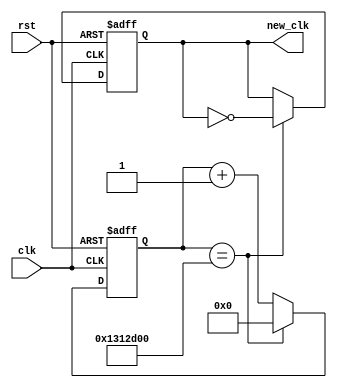
`timescale 1ns / 1ps
//////////////////////////////////////////////////////////////////////////////////
// Company: Digilent    
// 
// Design Name: Claw
// Module Name: clock_div
// Project Name: Claw_game
// Target Devices: Basys3
// Tool Versions: 2015.4
// Description: This is a clock divider. It takes the system clock 
// and divides that down to a slower clock. It counts at the rate of the 
// system clock to define_speed and toggles the output clock signal. 
// 
// Dependencies: 
// 
// Revision: 1
// Revision 0.01 - File Created
// Additional Comments: 
// 
//////////////////////////////////////////////////////////////////////////////////


module clock_div(
    input clk,
    input rst,
    output reg new_clk
    );
    
    // The constant that defines the clock speed. 
    // Since the system clock is 100MHZ, 
    // define_speed = 100MHz/(2*desired_clock_frequency)
    localparam define_speed = 26'd20000000;
    
    // Count value that counts to define_speed
    reg [25:0] count;
    
    // Run on the positive edge of the clk and rst signals
    always @ (posedge(clk),posedge(rst))
    begin
        // When rst is high set count and new_clk to 0
        if (rst == 1'b1)
        begin 
            count = 26'b0;   
            new_clk = 1'b0;            
        end
        // When the count has reached the constant
        // reset count and toggle the output clock
        else if (count == define_speed)
        begin
            count = 26'b0;
            new_clk = ~new_clk;
        end
        // increment the clock and keep the output clock
        // the same when the constant hasn't been reached        
        else
        begin
            count = count + 1'b1;
            new_clk = new_clk;
        end
    end
endmodule